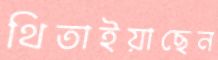
থিতাইয়াছেন